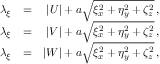
\begin{array} { r l r } { { \lambda _ { \xi } } } & { { = } } & { { | U | + a \sqrt { \xi _ { x } ^ { 2 } + \eta _ { y } ^ { 2 } + \zeta _ { z } ^ { 2 } } \, \mathrm { , } } } \\ { { \lambda _ { \xi } } } & { { = } } & { { | V | + a \sqrt { \xi _ { x } ^ { 2 } + \eta _ { y } ^ { 2 } + \zeta _ { z } ^ { 2 } } \, \mathrm { , } } } \\ { { \lambda _ { \xi } } } & { { = } } & { { | W | + a \sqrt { \xi _ { x } ^ { 2 } + \eta _ { y } ^ { 2 } + \zeta _ { z } ^ { 2 } } \, \mathrm { , } } } \end{array}